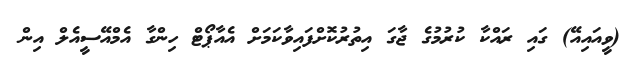
(ވީއައިއޭ) ގައި ރައްކާ ކުރުމުގެ ޖާގަ އިތުރުކޮށްފައިވާކަމަށް އެއާޕޯޓް ހިންގާ އެމްއޭސީއެލް އިން